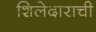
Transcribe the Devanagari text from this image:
शिलेदाराची